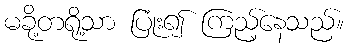
မခို့တရို့သာ ပြုံး၍ ကြည့်နေသည်။